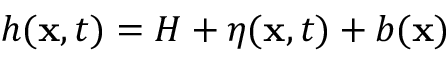
h ( \mathbf { x } , t ) = H + \eta ( \mathbf { x } , t ) + b ( \mathbf { x } )